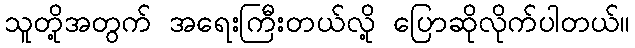
သူတို့အတွက် အရေးကြီးတယ်လို့ ပြောဆိုလိုက်ပါတယ်။